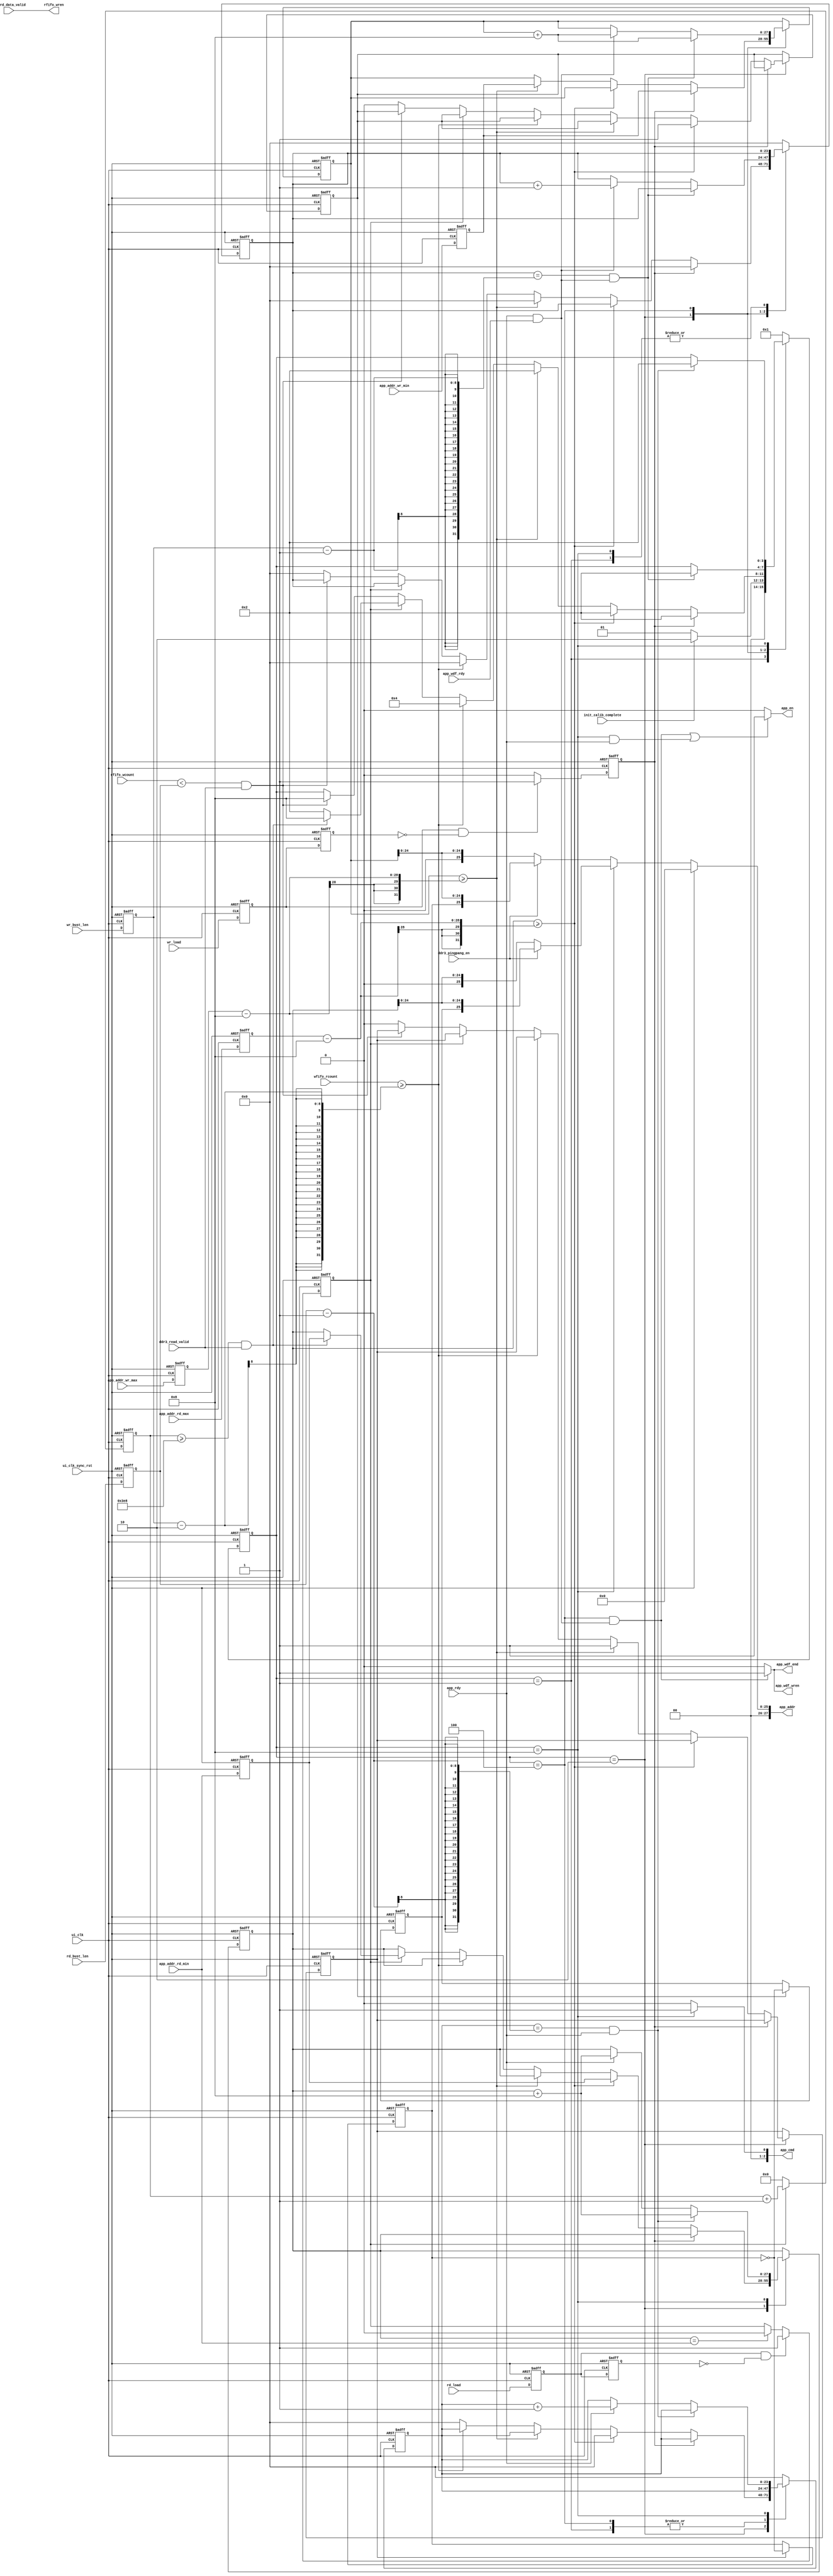
module ddr3_rw(          
    input           ui_clk               ,  //ûʱ
    input           ui_clk_sync_rst      ,  //λ,Ч
    input           init_calib_complete  ,  //DDR3ʼ
    input           app_rdy              ,  //MIG IP˿
    input           app_wdf_rdy          ,  //MIGдFIFO
    input           app_rd_data_valid    ,  //Ч
    input   [10:0]  wfifo_rcount         ,  //д˿FIFOе
    input   [10:0]  rfifo_wcount         ,  //˿FIFOе
    input           rd_load              ,  //Դź
    input           wr_load              ,  //Դź
    input   [27:0]  app_addr_rd_min      ,  //DDR3ʼַ
    input   [27:0]  app_addr_rd_max      ,  //DDR3Ľַ
    input   [7:0]   rd_bust_len          ,  //DDR3жʱͻ
    input   [27:0]  app_addr_wr_min      ,  //дDDR3ʼַ
    input   [27:0]  app_addr_wr_max      ,  //дDDR3Ľַ
    input   [7:0]   wr_bust_len          ,  //DDR3дʱͻ

    input           ddr3_read_valid      ,  //DDR3 ʹ   
    input           ddr3_pingpang_en     ,  //DDR3 ƹҲʹ          
    output          rfifo_wren           ,  //ddr3ݵЧʹ 
    output  [27:0]  app_addr             ,  //DDR3ַ                 
    output          app_en               ,  //MIG IP˲ʹ
    output          app_wdf_wren         ,  //ûдʹ   
    output          app_wdf_end          ,  //ͻдǰʱһ 
    output  [2:0]   app_cmd                 //MIG IP˲д	
    );
    
//localparam 
localparam IDLE        = 4'b0001;   //״̬
localparam DDR3_DONE   = 4'b0010;   //DDR3ʼ״̬
localparam WRITE       = 4'b0100;   //FIFO״̬
localparam READ        = 4'b1000;   //дFIFO״̬

//reg define
reg    [27:0] app_addr;             //DDR3ַ 
reg    [27:0] app_addr_rd;          //DDR3ַ
reg    [27:0] app_addr_wr;          //DDR3дַ
reg    [3:0]  state_cnt;            //״̬
reg    [23:0] rd_addr_cnt;          //ûַ
reg    [23:0] wr_addr_cnt;          //ûдַ 
reg    [8:0]  burst_rd_cnt;         //ͻ
reg    [8:0]  burst_wr_cnt;         //ͻд    
reg    [10:0] raddr_rst_h_cnt;      //Դ֡λм 
reg    [27:0] app_addr_rd_min_a;    //DDR3ʼַ
reg    [27:0] app_addr_rd_max_a;    //DDR3Ľַ
reg    [7:0]  rd_bust_len_a;        //DDR3жʱͻ
reg    [27:0] app_addr_wr_min_a;    //дDDR3ʼַ
reg    [27:0] app_addr_wr_max_a;    //дDDR3Ľַ
reg    [7:0]  wr_bust_len_a;        //DDR3дʱͻ
reg           star_rd_flag;         //λд2֡ı־ź
reg           rd_load_d0;
reg           rd_load_d1;
reg           raddr_rst_h;          //Դ֡λ
reg           wr_load_d0;
reg           wr_load_d1;
reg           wr_rst;               //Դ֡λ־
reg           rd_rst;               //Դ֡λ־
reg           raddr_page;           //ddr3ַлź
reg           waddr_page;           //ddr3дַлź
reg           burst_done_wr;        //һͻдź
reg           burst_done_rd;        //һζдź
reg           wr_end;               //һͻдź
reg           rd_end;               //һζдź   

//wire define
wire          rst_n;

 //*****************************************************
//**                    main code
//***************************************************** 
//ЧźŸwfifoдʹ
assign rfifo_wren =  app_rd_data_valid;

assign rst_n = ~ui_clk_sync_rst;

//д״̬MIGдЧ,ڶ״̬MIGУʱʹźΪߣΪ
assign app_en = ((state_cnt == WRITE && (app_rdy && app_wdf_rdy))
                ||(state_cnt == READ && app_rdy)) ? 1'b1:1'b0;
                
//д״̬,MIGдЧʱдʹ
assign app_wdf_wren = (state_cnt == WRITE && (app_rdy && app_wdf_rdy)) ? 1'b1:1'b0;

//DDR3оƬʱӺûʱӵķƵѡ4:1ͻΪ8źͬ
assign app_wdf_end = app_wdf_wren; 

//ڶʱֵΪ1ʱֵΪ0
assign app_cmd = (state_cnt == READ) ? 3'd1 :3'd0; 

//ݶдַddrַ
always @(*)  begin
    if(~rst_n)
        app_addr <= 0;
    else if(state_cnt == READ )
        if(ddr3_pingpang_en)
            app_addr <= {2'b0,raddr_page,app_addr_rd[24:0]};
        else 
            app_addr <= {3'b0,app_addr_rd[24:0]};            
    else if(ddr3_pingpang_en)
        app_addr <= {2'b0,waddr_page,app_addr_wr[24:0]};
    else
        app_addr <= {3'b0,app_addr_wr[24:0]};        
end

//źŽдĴ
always @(posedge ui_clk or negedge rst_n)  begin
    if(~rst_n)begin
        rd_load_d0 <= 0;
        rd_load_d1 <= 0; 
        wr_load_d0 <= 0; 
        wr_load_d1 <= 0;               
    end   
    else begin
        rd_load_d0 <= rd_load;
        rd_load_d1 <= rd_load_d0;  
        wr_load_d0 <= wr_load; 
        wr_load_d1 <= wr_load_d0;                
    end    
end 

//첽źŽдĴ
always @(posedge ui_clk or negedge rst_n)  begin
    if(~rst_n)begin
        app_addr_rd_min_a <= 0;
        app_addr_rd_max_a <= 0; 
        rd_bust_len_a <= 0; 
        app_addr_wr_min_a <= 0;  
        app_addr_wr_max_a <= 0; 
        wr_bust_len_a <= 0;                            
    end   
    else begin
        app_addr_rd_min_a <= app_addr_rd_min;
        app_addr_rd_max_a <= app_addr_rd_max; 
        rd_bust_len_a <= rd_bust_len; 
        app_addr_wr_min_a <= app_addr_wr_min;  
        app_addr_wr_max_a <= app_addr_wr_max; 
        wr_bust_len_a <= wr_bust_len;                    
    end    
end
 
//Դ֡λ־
always @(posedge ui_clk or negedge rst_n)  begin
    if(~rst_n)
        wr_rst <= 0;                
    else if(wr_load_d0 && !wr_load_d1)
        wr_rst <= 1;               
    else
        wr_rst <= 0;           
end
 
//Դ֡λ־ 
always @(posedge ui_clk or negedge rst_n)  begin
    if(~rst_n)
        rd_rst <= 0;                
    else if(rd_load_d0 && !rd_load_d1)
        rd_rst <= 1;               
    else
        rd_rst <= 0;           
end

//ԴĶַ֡λ 
always @(posedge ui_clk or negedge rst_n)  begin
    if(~rst_n)
        raddr_rst_h <= 1'b0;
    else if(rd_load_d0 && !rd_load_d1)
        raddr_rst_h <= 1'b1;
    else if(app_addr_rd == app_addr_rd_min)   
        raddr_rst_h <= 1'b0;
    else
        raddr_rst_h <= raddr_rst_h;              
end 

//Դ֡λм 
always @(posedge ui_clk or negedge rst_n)  begin
    if(~rst_n)
        raddr_rst_h_cnt <= 11'b0;
    else if(raddr_rst_h)
        raddr_rst_h_cnt <= raddr_rst_h_cnt + 1'b1;
    else
        raddr_rst_h_cnt <= 11'b0;            
end 

//Դ֡Ķַλл
always @(posedge ui_clk or negedge rst_n)  begin
    if(~rst_n)
        raddr_page <= 1'b0;
    else if( rd_end)
        raddr_page <= ~waddr_page;         
    else
        raddr_page <= raddr_page;           
end 
  
//Դ֡дַλл
always @(posedge ui_clk or negedge rst_n)  begin
    if(~rst_n)
        waddr_page <= 1'b1;
    else if( wr_end)
        waddr_page <= ~waddr_page ;         
    else
        waddr_page <= waddr_page;           
end   
   
//DDR3д߼ʵ
always @(posedge ui_clk or negedge rst_n) begin
    if(~rst_n) begin 
        state_cnt    <= IDLE;              
        wr_addr_cnt  <= 24'd0;      
        rd_addr_cnt  <= 24'd0;       
        app_addr_wr  <= 28'd0;   
        app_addr_rd  <= 28'd0; 
        wr_end       <= 1'b0;
        rd_end       <= 1'b0;       
    end
    else begin
        case(state_cnt)
            IDLE:begin
                if(init_calib_complete)
                    state_cnt <= DDR3_DONE ;
                else
                    state_cnt <= IDLE;
            end
            DDR3_DONE:begin
                if(wr_rst)begin   //֡λʱԼĴиλ
                    state_cnt <= DDR3_DONE;
                    wr_addr_cnt  <= 24'd0;	
                    app_addr_wr <= app_addr_wr_min_a;					
			    end    //ַԼĴλ
                else if(app_addr_rd >= app_addr_rd_max_a - 8)begin  
                        state_cnt <= DDR3_DONE;
                        rd_addr_cnt  <= 24'd0;      
                        app_addr_rd <= app_addr_rd_min_a; 
                        rd_end <= 1'b1;
                end	   //дַԼĴλ
                else if(app_addr_wr >= app_addr_wr_max_a - 8)begin  
                        state_cnt <= DDR3_DONE;
                        wr_addr_cnt  <= 24'd0;      
                        app_addr_wr <= app_addr_wr_min_a; 
                        wr_end <= 1'b1;
                end	                		    
                else if(wfifo_rcount >= wr_bust_len_a - 2 )begin  
                    state_cnt <= WRITE;              //д
                    wr_addr_cnt  <= 24'd0;                       
                    app_addr_wr <= app_addr_wr;      //дֲַ
                end
                else if(raddr_rst_h)begin           //֡λʱԼĴиλ 
                    if(raddr_rst_h_cnt >= 1000 && ddr3_read_valid)begin  
                        state_cnt <= READ;         //֤fifoڸλʱд
                        rd_addr_cnt  <= 24'd0;      
                        app_addr_rd <= app_addr_rd_min_a; 
                    end
                    else begin
                        state_cnt <= DDR3_DONE;
                        rd_addr_cnt  <= 24'd0;      
                        app_addr_rd <= app_addr_rd;                                
                    end                                
                end      //rfifo洢һͻʱ,ddrѾд1֡
                else if(rfifo_wcount < rd_bust_len_a && ddr3_read_valid )begin  
                    state_cnt <= READ;                              //
                    rd_addr_cnt <= 24'd0;
                    app_addr_rd <= app_addr_rd;      //ֲַ
                end
                else begin
                    state_cnt <= state_cnt;   
                    wr_addr_cnt  <= 24'd0;      
                    rd_addr_cnt  <= 24'd0;  
                    rd_end <= 1'b0;   
                    wr_end <= 1'b0;                                       
                end
            end    
            WRITE:   begin 
                if((wr_addr_cnt == (wr_bust_len_a - 1)) && 
                   (app_rdy && app_wdf_rdy))begin    //д趨ĳȴ״̬                  
                    state_cnt    <= DDR3_DONE;       //д趨ĳȴ״̬               
                    app_addr_wr <= app_addr_wr + 8;  //һд8ʼ8
                end       
                else if(app_rdy && app_wdf_rdy)begin   //д
                    wr_addr_cnt  <= wr_addr_cnt + 1'd1;//дַԼ
                    app_addr_wr  <= app_addr_wr + 8;   //һд8ʼ8
                end
                else begin                             //д㣬ֵǰֵ     
                    wr_addr_cnt  <= wr_addr_cnt;
                    app_addr_wr  <= app_addr_wr; 
                end
            end
            READ:begin                      //趨ĵַ    
                if((rd_addr_cnt == (rd_bust_len_a - 1)) && app_rdy)begin
                    state_cnt   <= DDR3_DONE;          //״̬ 
                    app_addr_rd <= app_addr_rd + 8;

                end       
                else if(app_rdy)begin               //MIGѾ׼,ʼ
                    rd_addr_cnt <= rd_addr_cnt + 1'd1; //ûַÿμһ
                    app_addr_rd <= app_addr_rd + 8; //һԶ8,DDR3ַ8
                end
                else begin                         //MIGû׼,򱣳ԭֵ
                    rd_addr_cnt <= rd_addr_cnt;
                    app_addr_rd <= app_addr_rd; 
                end
            end             
            default:begin
                state_cnt    <= IDLE;
                wr_addr_cnt  <= 24'd0;
                rd_addr_cnt  <= 24'd0;
            end
        endcase
    end
end                          

endmodule